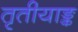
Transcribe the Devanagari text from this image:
तृतीयाङ्क